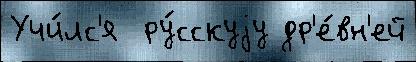
Учи́лс'я  ру́сскуjу др'е́вн'ей